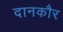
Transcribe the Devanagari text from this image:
दानकौर